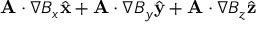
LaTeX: \mathbf { A } \cdot \nabla B _ { x } { \hat { \mathbf { x } } } + \mathbf { A } \cdot \nabla B _ { y } { \hat { \mathbf { y } } } + \mathbf { A } \cdot \nabla B _ { z } { \hat { \mathbf { z } } }